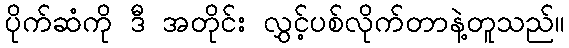
ပိုက်ဆံကို ဒီ အတိုင်း လွှင့်ပစ်လိုက်တာနဲ့တူသည်။